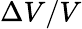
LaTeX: \Delta V/V